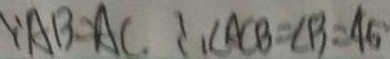
\because A B = A C . \therefore \angle A C B = \angle B = A 5